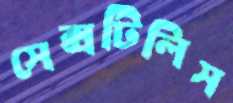
সেক্সটিলিস